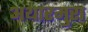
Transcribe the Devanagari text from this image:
अथारमुरा